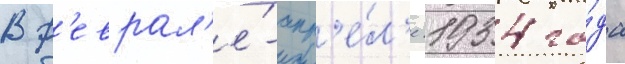
В ф'еврал'е́-апр'е́л'е 1934 го́да